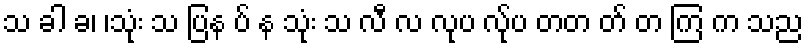
သ ခါ ခ၊ ၊သုံး သ ပြန ပ် န သုံး သ လီ လ လုပ လ်ုပ တတ တ် တ ကြ က သည